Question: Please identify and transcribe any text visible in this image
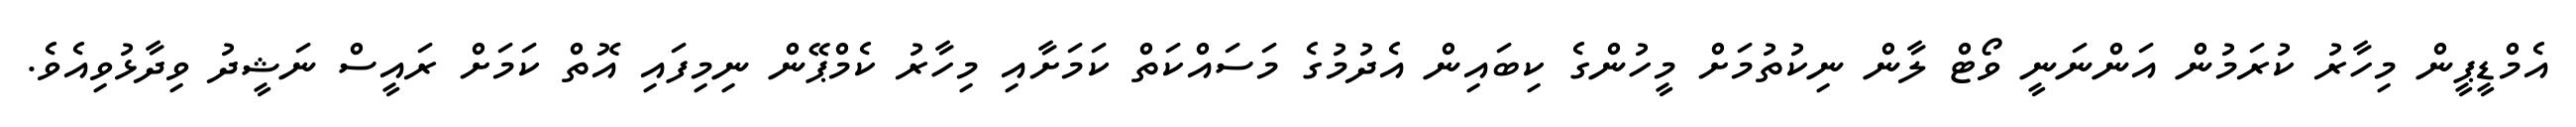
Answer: އެމްޑީޕީން މިހާރު ކުރަމުން އަންނަނީ ވޯޓް ލާން ނިކުތުމަށް މީހުންގެ ކިބައިން އެދުމުގެ މަސައްކަތް ކަމަށާއި މިހާރު ކެމްޕޭން ނިމިފައި އޮތް ކަމަށް ރައީސް ނަޝީދު ވިދާޅުވިއެވެ.